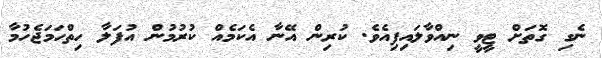
ނެގި ގޮތަށް ޓީވީ ނިއްވާލައިފިއެވެ. ކުރިން އޭނާ އެކަމެއް ކުރުމުން އުފަލާ ހިތްހަމަޖެހުމާ